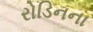
રોડિનના